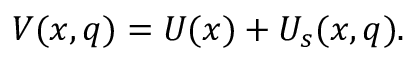
\begin{array} { r } { V ( x , q ) = U ( x ) + U _ { s } ( x , q ) . } \end{array}